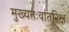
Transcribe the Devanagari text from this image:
मुख्‍यतःवांतरिक्ष